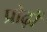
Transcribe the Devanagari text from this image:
प्रोढ़ों